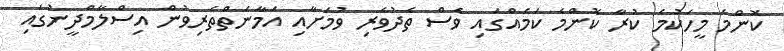
ކޮންމެ މީހަކުމެ ކުރާ ކޮންމެ ކަމެއްގައި ވެސް ތެދުވެރި ވުމަށާއި އަމާނަތްތެރިވުން އިސްލާމްދީނުގައި